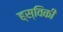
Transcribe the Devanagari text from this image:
ह्स्विकी